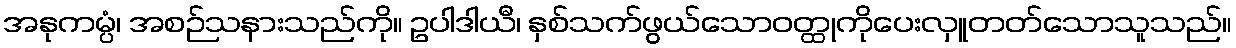
အနုကမ္ပံ၊ အစဉ်သနားသည်ကို။ ဥပါဒါယီ၊ နှစ်သက်ဖွယ်သောဝတ္ထုကိုပေးလှူတတ်သောသူသည်။